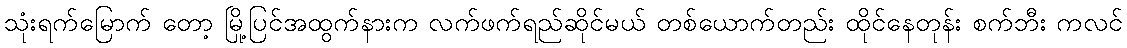
သုံးရက်မြောက် တော့ မြို့ပြင်အထွက်နားက လက်ဖက်ရည်ဆိုင်မယ် တစ်ယောက်တည်း ထိုင်နေတုန်း စက်ဘီး ကလင်